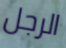
الرجل